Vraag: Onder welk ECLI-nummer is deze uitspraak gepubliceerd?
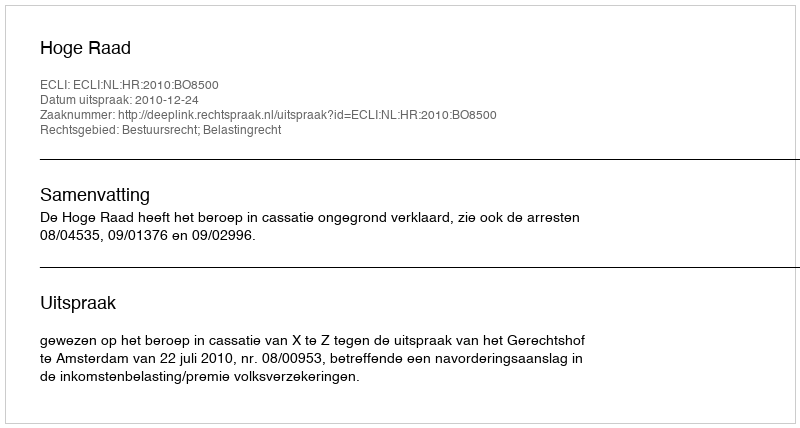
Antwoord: ECLI:NL:HR:2010:BO8500